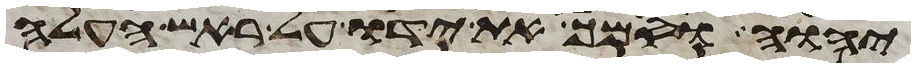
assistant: יהוה וסמך את ידו על ראש העלה